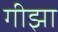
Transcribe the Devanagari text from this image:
गीझा